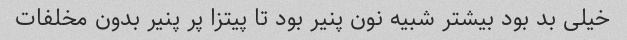
خیلی بد بود بیشتر شبیه نون پنیر بود تا پیتزا پر پنیر بدون مخلفات